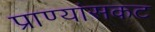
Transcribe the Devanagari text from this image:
प्राण्यांसकट